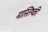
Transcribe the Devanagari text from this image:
मास्तिष्की